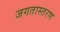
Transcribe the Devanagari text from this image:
जगतास्तरण